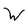
Character: W